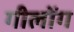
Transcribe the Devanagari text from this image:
गीलोंग